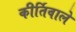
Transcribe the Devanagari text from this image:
कीर्तिवाले